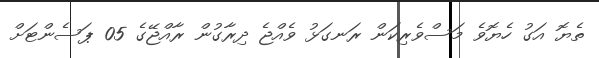
ތެޔޮ އަގު ހެޔޮވެ މަސްވެރިކަން ރަނގަޅު ވެއްޖެ ދިރާގުން ރާއްޖޭގެ 05 ޕަސެންޓަށް